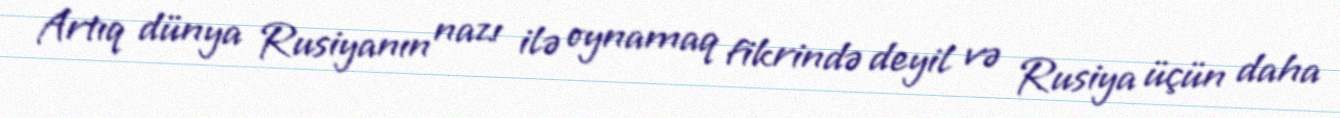
Artıq dünya Rusiyanın nazı ilə oynamaq fikrində deyil və Rusiya üçün daha